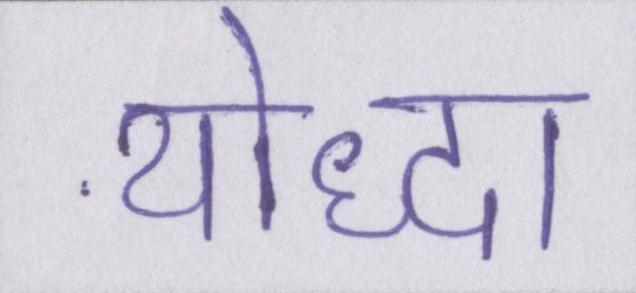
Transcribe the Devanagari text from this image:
योद्धा